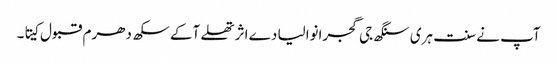
آپ نے سنت ہری سنگھ جی گجرانوالیا دے اثر تھلے آکے سکھ دھرم قبول کیتا۔